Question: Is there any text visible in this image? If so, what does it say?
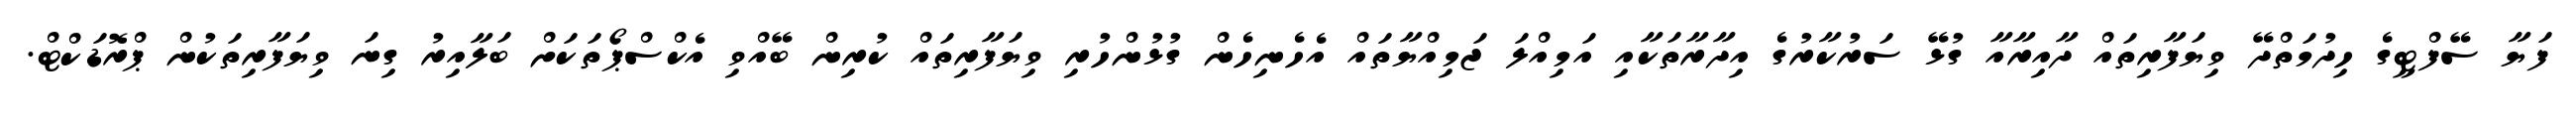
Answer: ފަޔާ ސޭފްޓީގެ ހިދުމަތްދޭ ވިޔަފާރިތައް ދާއިރާއާ ގުޅޭ ސަރުކާރުގެ އިދާރާތަކާއި އަމިއްލަ ޖަމިއްޔާތައް އެހެނިހެން ގުޅުންހުރި ވިޔަފާރިތައް ކުރިން ބޭއްވި އެކްސްޕޯތަކަށް ބަލާއިރު ގިނަ ވިޔަފާރިތަކުން ޕްރޮޑަކްޓް.